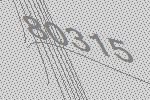
80315